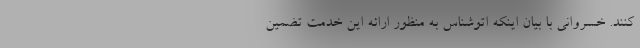
کنند. خسروانی با بیان اینکه اتوشناس به منظور ارائه این خدمت تضمین